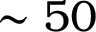
\sim 5 0